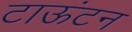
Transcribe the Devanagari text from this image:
टाऊंटन